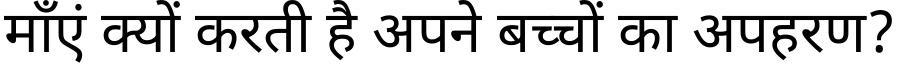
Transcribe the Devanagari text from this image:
माँएं क्यों करती है अपने बच्चों का अपहरण?